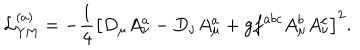
{ \cal L } _ { \mathrm { Y M } } ^ { ( a ) } = - \frac 1 4 \left[ D _ { \mu } A _ { \nu } ^ { a } - D _ { \nu } A _ { \mu } ^ { a } + g f ^ { a b c } A _ { \mu } ^ { b } A _ { \nu } ^ { c } \right] ^ { 2 } .